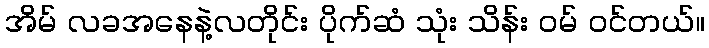
အိမ် လခအနေနဲ့လတိုင်း ပိုက်ဆံ သုံး သိန်း ဝမ် ဝင်တယ်။